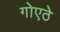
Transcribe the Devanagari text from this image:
गोएठे